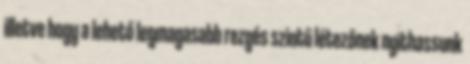
illetve hogy a lehető legmagasabb rezgés szintű létezőnek nyithassunk